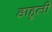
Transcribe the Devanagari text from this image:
डाहूली